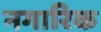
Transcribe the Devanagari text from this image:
नगारिक